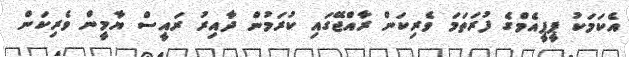
އެކަމަކު ޕީޕީއެމްގެ ފުރަތަމަ ވެރިކަން ރާއްޖޭގައި ކުރަމުން ދާއިރު ރައީސް ޔާމީން ވެރިކަން